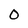
Character: O